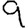
Digit: 9